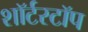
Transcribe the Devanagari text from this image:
शॉर्टस्टॉप